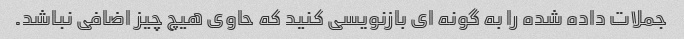
جملات داده شده را به گونه ای بازنویسی کنید که حاوی هیچ چیز اضافی نباشد.